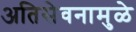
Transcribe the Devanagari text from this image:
अतिसेवनामुळे